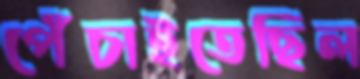
পেঁচাইতেছিল